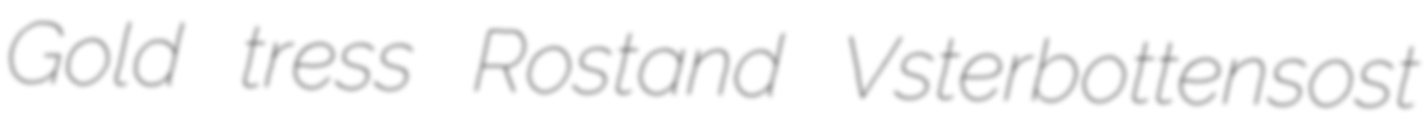
Gold tress Rostand Vsterbottensost